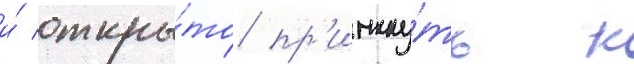
и́ откры́то пр'имкну́ть к